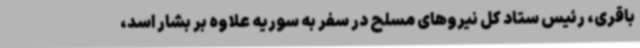
باقری، رئیس ستاد کل نیروهای مسلح در سفر به سوریه علاوه بر بشار اسد،